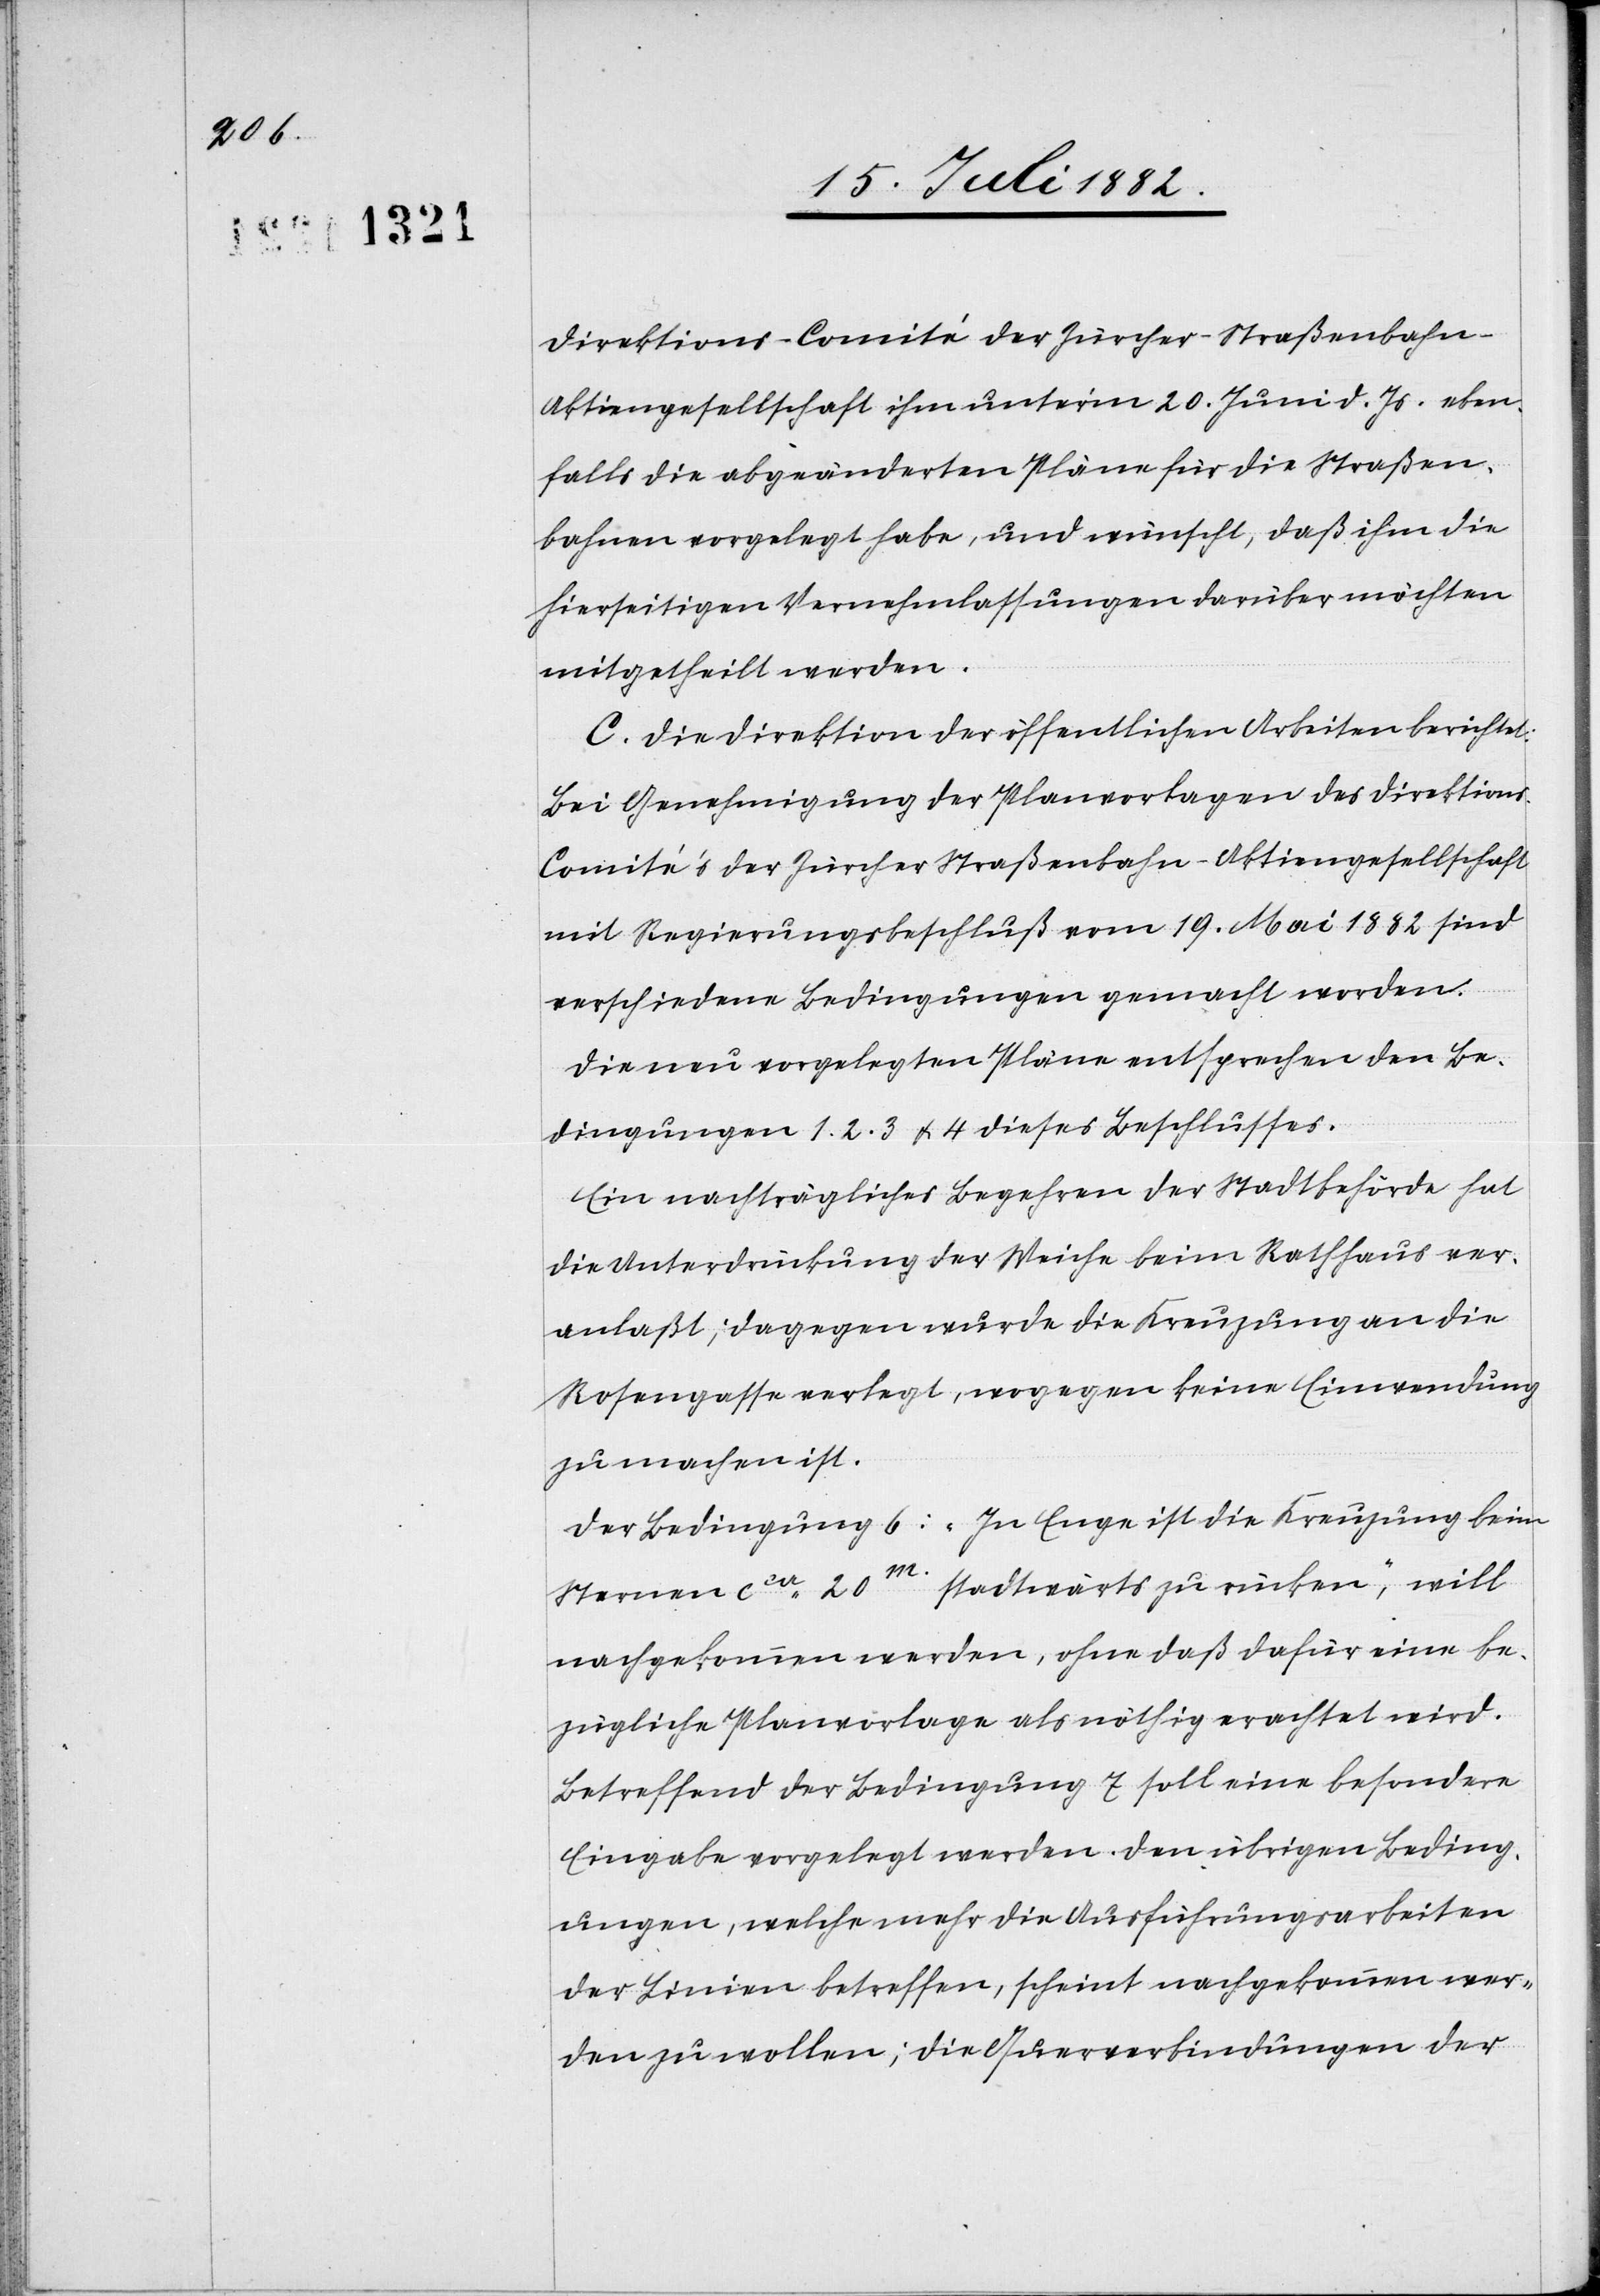
Direktions-Comité der Zürcher-Straßenbahn-A¬
ktiengesellschaft ihm unter’m 20. Juni d. Js. eben¬
falls die abgeänderten Pläne für die Straßen¬
bahnen vorgelegt habe, und wünscht, daß ihm die
hierseitigen Vernehmlassungen darüber möchten
mitgetheilt werden.
C. Die Direktion der öffentlichen Arbeiten berichtet:
Bei Genehmigung der Planvorlage des Direktion¬
s-Comité’s der Zürcher Straßenbahn-Aktiengesellschaft
mit Regierungsbeschluß vom 19. Mai 1882 sind
verschiedene Bedingungen gemacht worden.
Die neu vorgelegten Pläne entsprechen den Be¬
dingungen 1. 2. 3 & 4 dieses Beschlusses.
Ein nachträgliches Begehren der Stadtbehörde hat
die Unterdrückung der Weiche beim Rathhaus ver¬
anlaßt; dagegen wurde die Kreuzung an die
Rosengasse verlegt, wogegen keine Einwendungen
zu machen sind.
Der Bedingung 6: „In Enge ist die Kreuzung beim
Sternen ca 20m stadtwärts zu rücken“, will
nachgekommen werden, ohne daß dafür eine be¬
zügliche Planvorlage als nöthig erachtet wird.
Betreffend der Bedingung 7 soll eine besondere
Eingabe vorgelegt werden. Den übrigen Beding¬
ungen, welche mehr die Ausführungsarbeiten
der Linien betreffen, scheint nachgekommen wer¬
den zu wollen; die Querverbindungen der